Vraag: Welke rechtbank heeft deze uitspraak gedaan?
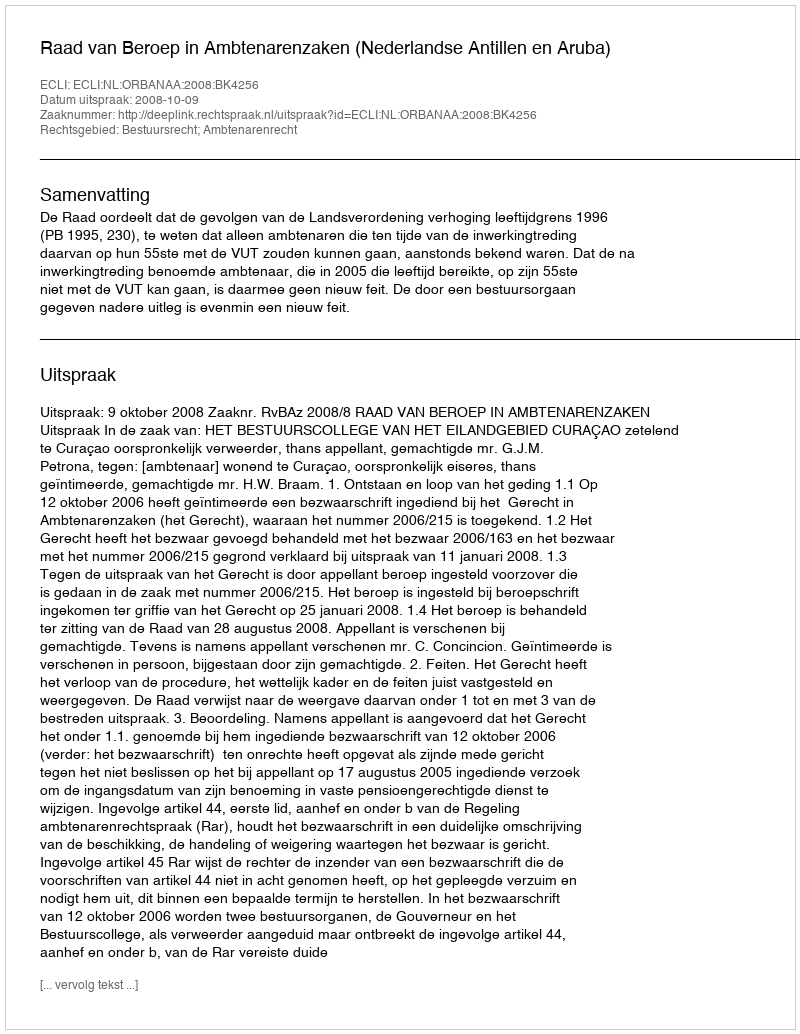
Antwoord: Raad van Beroep in Ambtenarenzaken (Nederlandse Antillen en Aruba)